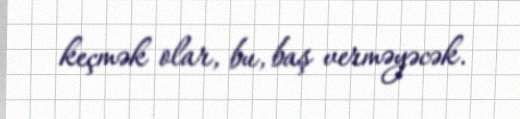
keçmək olar, bu, baş verməyəcək.